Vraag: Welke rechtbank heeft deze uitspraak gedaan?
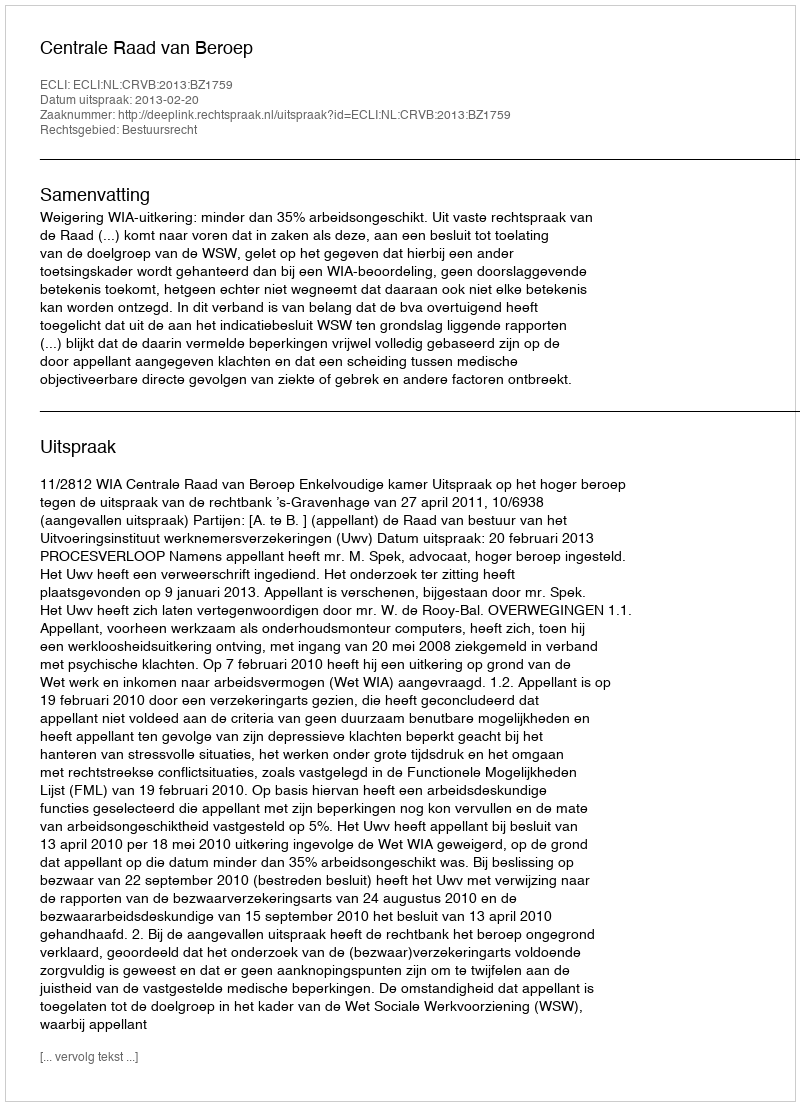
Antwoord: Centrale Raad van Beroep